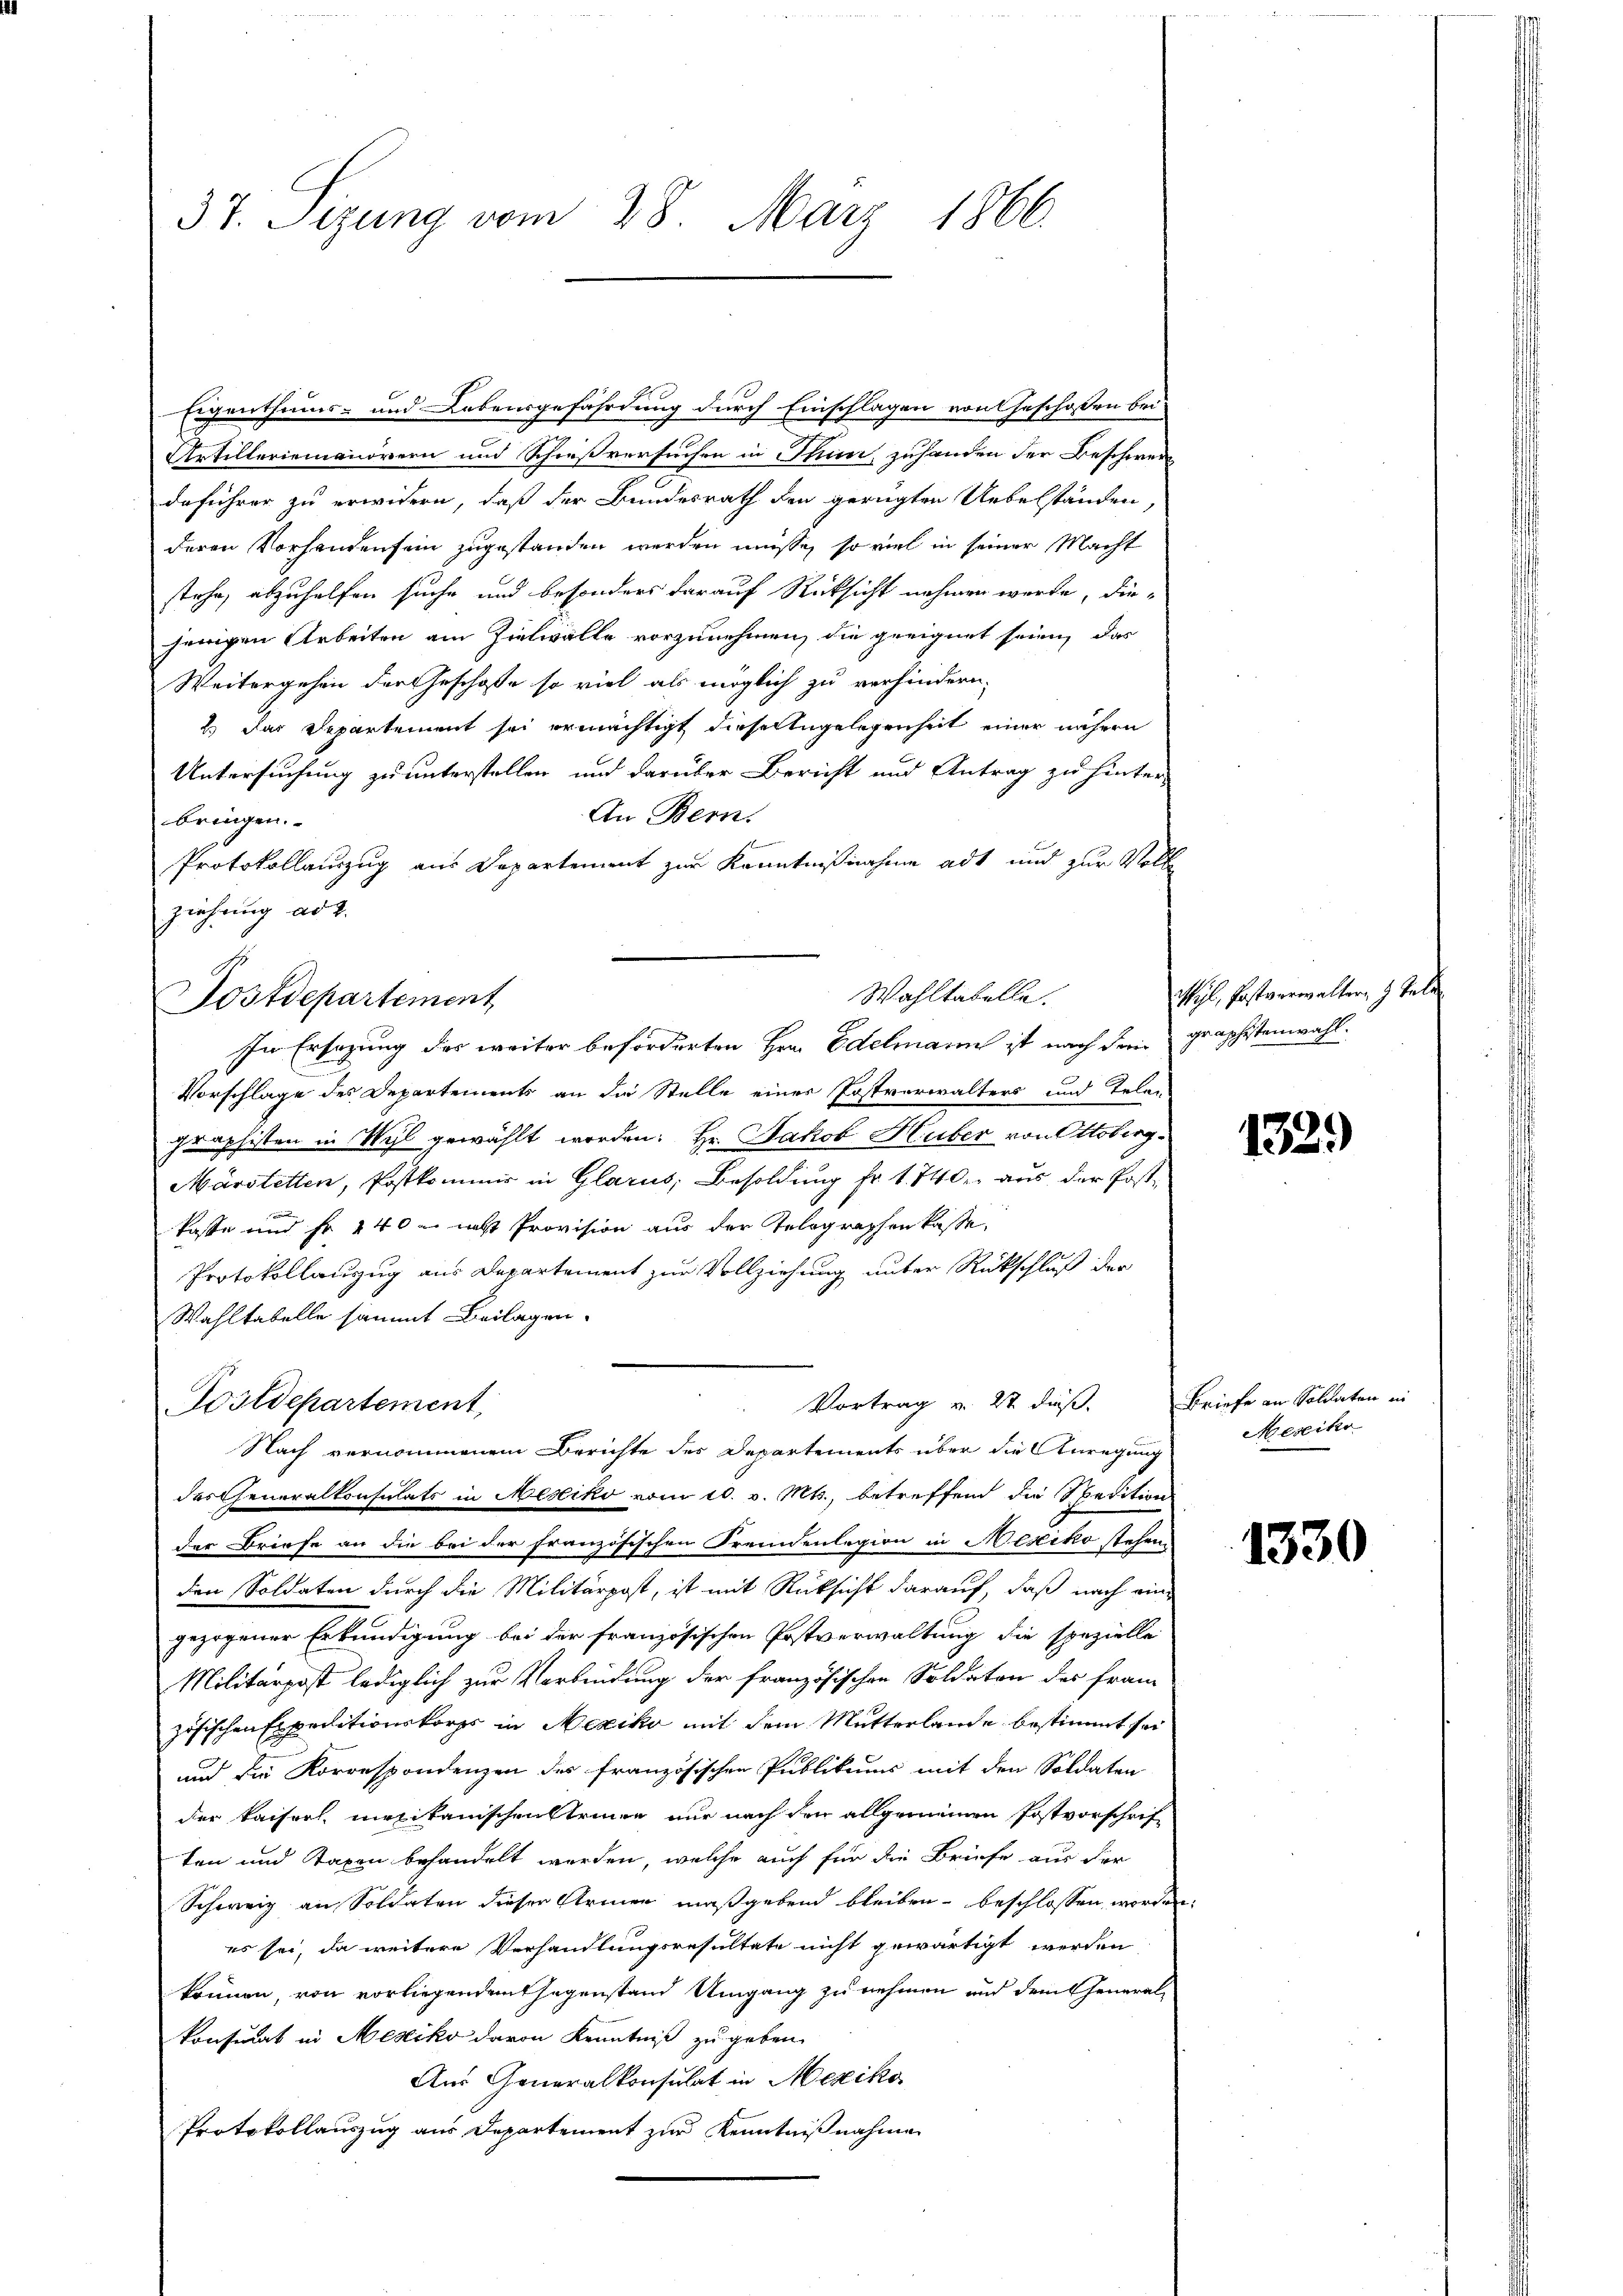
37. Sizung vom 28. März 1866.

Eigenthums- und Lebensgefährdung durch Einschlagen von Geschoßen bei
Artilleriemanörern und Schießversuchen in Thun zuhanden der Beschwerdaführer zu erwidern, daß der Bundesrath den gerügten Uebelständen
deren Vorhandensein zugestanden werden müsse, so viel in seiner Macht
stehe, abzuhelfen suche und besonders darauf Rücksicht nehmen werde, diejenigen Arbeiten am Zielwälle vorzunehmen, die geeignet seien, das
Weitergehen der Geschoffe so viel als möglich zu verhindern,
2 das Departement sei ermächtigt dieser Angelegenheit einer nähern
Untersuchung zu unterstellen und darüber Bericht und Antrag zu hinter-
An Bern.
bringen.
Protokollauszug aus Departement zur Kenntnißnahme adt und zur Voll
ziehung ad 2.
In Ersatzung des weiter beforderten Hrn. Edelmann ist nach dem graphistenwahl.
Vorschlage des Departements an die Stelle einer Erstverwalters und Telen
graphisten in Wyl gewählt worden: Hr. Jakob Huber von Ottoberg-
Märstetten, Postkommis in Glarus, Besoldung fr. 1740 aus der Post-
e
kaste und fr. 440 u naht Provision aus der Telegraphen kasse,
Protokollanzug aus Departement zur Vollziehung unter Rückschluß der
Wahltabelle sammt Beilagen.
Vortrag v. 27. daß.
Postdepartement,
Nach vernommenem Berichte des Departements über die Anregung
des Generalkonsulats in Mesiko vom 10. v. Mts., betreffend die Spedition
der Briefe an die bei der französischen Fremdenlegion in Nesiko stehen
den Soldaten durch die Militärpost, ist mit Rücksicht darauf, daß nach eingezogener Erkundigung bei der französischen Postverwaltung die spezielle
Militärpost lediglich zur Verbindung der französischen Soldaten des fran-
zösischen Expeditionskorps in Mexiko mit dem Mutterlande bestimmt sei
und die Korrespondenzen des französischen Publikums mit den Soldaten
der Kaiserl matikanischen Steiner nur nach den allgemeinen Postvorschrift
ten und Taxen behandelt werden, welche auch für die Briefe aus der
Schweiz an Soldaten dieser Armen maßgebend bleiben beschlossen worden.
es sei, da weitere Verhandlungsresultate nicht gewärtigt werden
können, von vorliegendem Gegenstand Umgang zu nehmen und dem Generalkonsulat in Mesiko davon Kenntniß zu geben.
Aus Generalkonsulat in Mexiko
Protokollauszug aus Departement zur Kenntnißnahme

Sostdepartement

Wahltabelle.

wyl, Postverwaltern z. Tele

1329)

Briefe an Soldaten in
Mesiko

1330